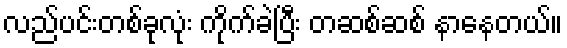
လည်ပင်းတစ်ခုလုံး ကိုက်ခဲပြီး တဆစ်ဆစ် နာနေတယ်။